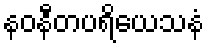
နဝနီတပရိယေသနံ